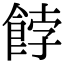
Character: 餑